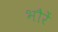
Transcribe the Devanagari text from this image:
भौरें